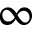
\infty